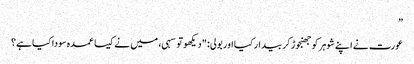
”
عورت نے اپنے شوہر کو جھنجوڑ کر بیدار کیا اور بولی: "دیکھو تو سہی، میں نے کیسا عمدہ سودا کیا ہے؟